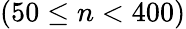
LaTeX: (50\leq n<400)